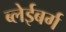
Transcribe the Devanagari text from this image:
ब्लेईबर्ग